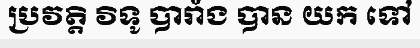
ប្រវត្តិ វិទូ បារាំង បាន យក ទៅ